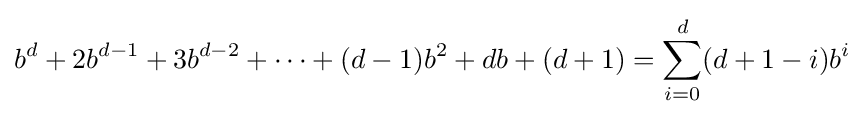
b^{d}+2b^{d-1}+3b^{d-2}+\cdots +(d-1)b^{2}+db+(d+1)=\sum _{i=0}^{d}(d+1-i)b^{i}